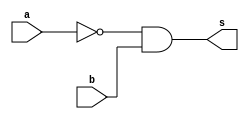
//TRUTH TABLE
 //Nome: Frederico Malaquias Caldeira
 // ---------------------

 module f5a ( output s,
 input a,
 input b );
 nand NAND1 ( nand_a, a );
 and AND1 ( s, nand_a, b );
endmodule 

module f5b ( output s,
 input a,
 input b );

 assign s = ~ (a & b);
endmodule
module test_f5;
// ------------------------- definir dados
 reg x;
 reg y;
 wire a, b;
 f5a moduloA ( a, x, y );
 f5b moduloB ( b, x, y );
// ------------------------- parte principal
 initial
 begin : main
 $display("Exemplo_0505 - Frederico_Malaquias - 05/03/22");
 $display("Test module");
 $display(" x y a b");
 // projetar testes do modulo
 $monitor("%4b %4b %4b %4b", x, y, a, b);
 x = 1'b0; y = 1'b0;
 #1 x = 1'b0; y = 1'b1;
 #1 x = 1'b1; y = 1'b0;
 #1 x = 1'b1; y = 1'b1;
 end
endmodule 

/* pevisao dos testes

   0    0    0    1
   0    1    1    1
   1    0    0    1
   1    1    0    0

   */

   /* Resultado

   0    0    0    1
   0    1    1    1
   1    0    0    1
   1    1    0    0

*/